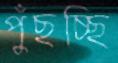
পুঁছচ্ছি